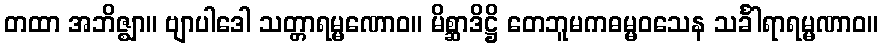
တထာ အဘိဇ္ဈာ။ ဗျာပါဒေါ သတ္တာရမ္မဏောဝ။ မိစ္ဆာဒိဋ္ဌိ တေဘူမကဓမ္မဝသေန သင်္ခါရာရမ္မဏာဝ။